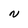
Character: N